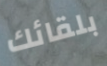
بلقائك